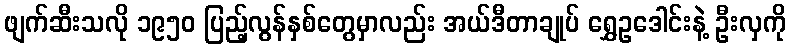
ဖျက်ဆီးသလို ၁၉၅၀ ပြည့်လွန်နှစ်တွေမှာလည်း အယ်ဒီတာချုပ် ရွှေဥဒေါင်းနဲ့ ဦးလှကို